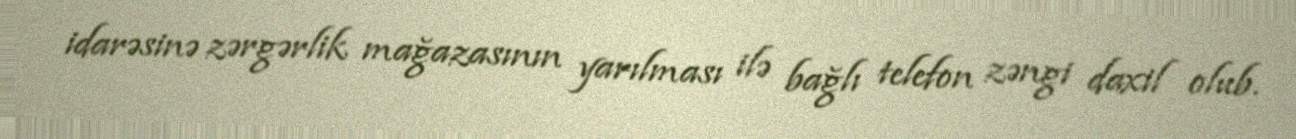
idarəsinə zərgərlik mağazasının yarılması ilə bağlı telefon zəngi daxil olub.